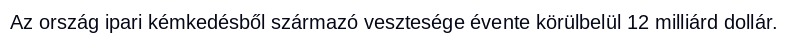
Az ország ipari kémkedésből származó vesztesége évente körülbelül 12 milliárd dollár.